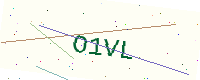
Text: O1VL